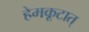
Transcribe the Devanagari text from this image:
हेमकूटात्